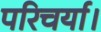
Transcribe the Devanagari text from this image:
परिचर्या।